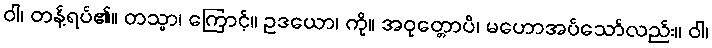
ဝါ၊ တန့်ရပ်၏။ တသ္မာ၊ ကြောင့်။ ဥဒယော၊ ကို။ အဝုတ္တောပိ၊ မဟောအပ်သော်လည်း။ ဝါ၊